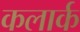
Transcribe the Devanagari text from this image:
कलार्क